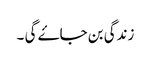
زندگی بن جاۓ گی ۔